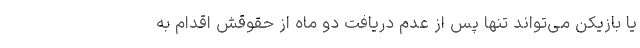
یا بازیکن می‌تواند تنها پس از عدم دریافت دو ماه از حقوقش اقدام به